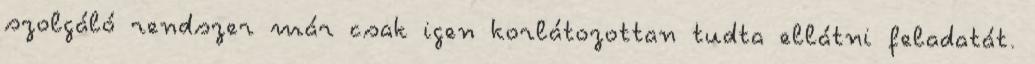
szolgáló rendszer már csak igen korlátozottan tudta ellátni feladatát.